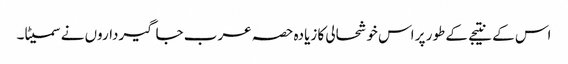
اس کے نتیجے کے طور پر اس خوشحالی کا زیادہ حصہ عرب جاگیرداروں نے سمیٹا۔